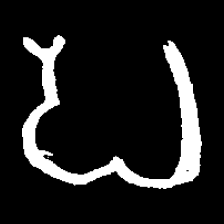
Pyu character \u2014 Myanmar letter: ပ (romanized: pa)